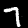
Label: 7